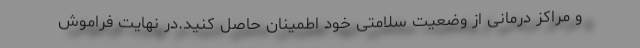
و مراکز درمانی از وضعیت سلامتی خود اطمینان حاصل کنید.در نهایت فراموش